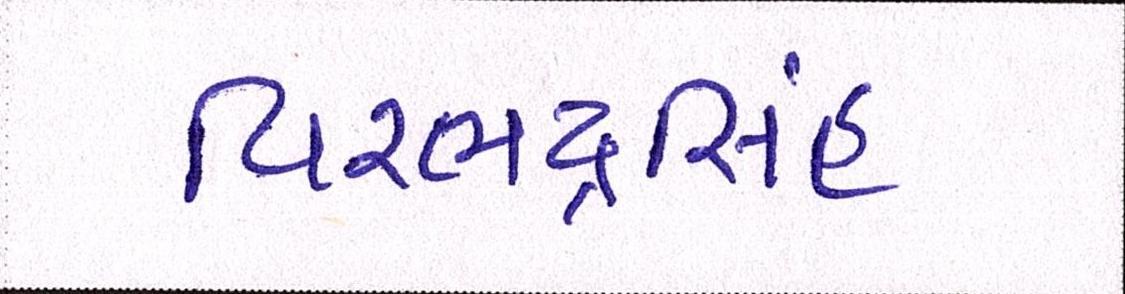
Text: વિરભદ્રસિંહ